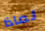
لماذا